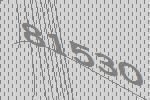
81530